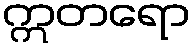
ဣတရော